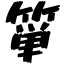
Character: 箪